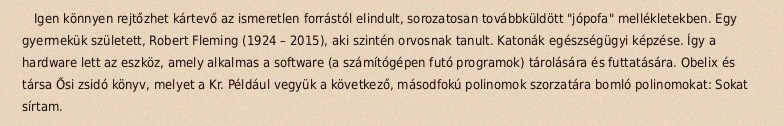
Igen könnyen rejtőzhet kártevő az ismeretlen forrástól elindult, sorozatosan továbbküldött "jópofa" mellékletekben. Egy gyermekük született, Robert Fleming (1924 – 2015), aki szintén orvosnak tanult. Katonák egészségügyi képzése. Így a hardware lett az eszköz, amely alkalmas a software (a számítógépen futó programok) tárolására és futtatására. Obelix és társa Ősi zsidó könyv, melyet a Kr. Például vegyük a következő, másodfokú polinomok szorzatára bomló polinomokat: Sokat sírtam.